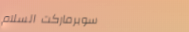
سوبرماركت السلام